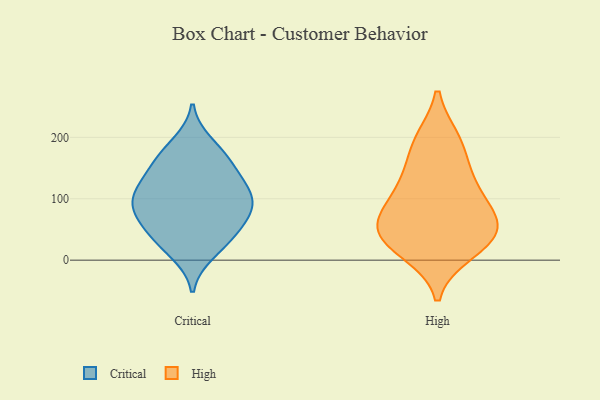
{"axis": {"x": "Revenue (USD Million)", "y": "Value"}, "legend": ["Critical", "High"], "data": [{"x": "", "y": 168, "type": "Critical"}, {"x": "", "y": 119, "type": "Critical"}, {"x": "", "y": 40, "type": "Critical"}, {"x": "", "y": 165, "type": "Critical"}, {"x": "", "y": 27, "type": "Critical"}, {"x": "", "y": 88, "type": "Critical"}, {"x": "", "y": 110, "type": "Critical"}, {"x": "", "y": 190, "type": "Critical"}, {"x": "", "y": 12, "type": "Critical"}, {"x": "", "y": 57, "type": "Critical"}, {"x": "", "y": 95, "type": "Critical"}, {"x": "", "y": 90, "type": "Critical"}, {"x": "", "y": 58, "type": "Critical"}, {"x": "", "y": 146, "type": "Critical"}, {"x": "", "y": 85, "type": "Critical"}, {"x": "", "y": 127, "type": "Critical"}, {"x": "", "y": 13, "type": "High"}, {"x": "", "y": 66, "type": "High"}, {"x": "", "y": 53, "type": "High"}, {"x": "", "y": 41, "type": "High"}, {"x": "", "y": 131, "type": "High"}, {"x": "", "y": 195, "type": "High"}, {"x": "", "y": 39, "type": "High"}, {"x": "", "y": 95, "type": "High"}, {"x": "", "y": 196, "type": "High"}, {"x": "", "y": 21, "type": "High"}, {"x": "", "y": 149, "type": "High"}, {"x": "", "y": 103, "type": "High"}, {"x": "", "y": 62, "type": "High"}]}